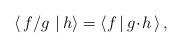
LaTeX: \begin{align*}\langle\, f/g\,\, |\, h\rangle = \langle f \,|\, g\!\cdot\! h\,\rangle\,,\end{align*}